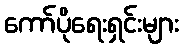
ကော်ပိုရေးရှင်းများ